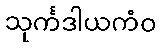
သုင်္ကဒါယကံဝ